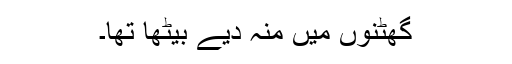
گھٹنوں میں منہ دیے بیٹھا تھا۔